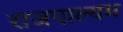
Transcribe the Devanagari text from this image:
राजपाल्यम